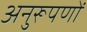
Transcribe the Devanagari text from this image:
अनुरूपणों